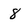
Character: 8